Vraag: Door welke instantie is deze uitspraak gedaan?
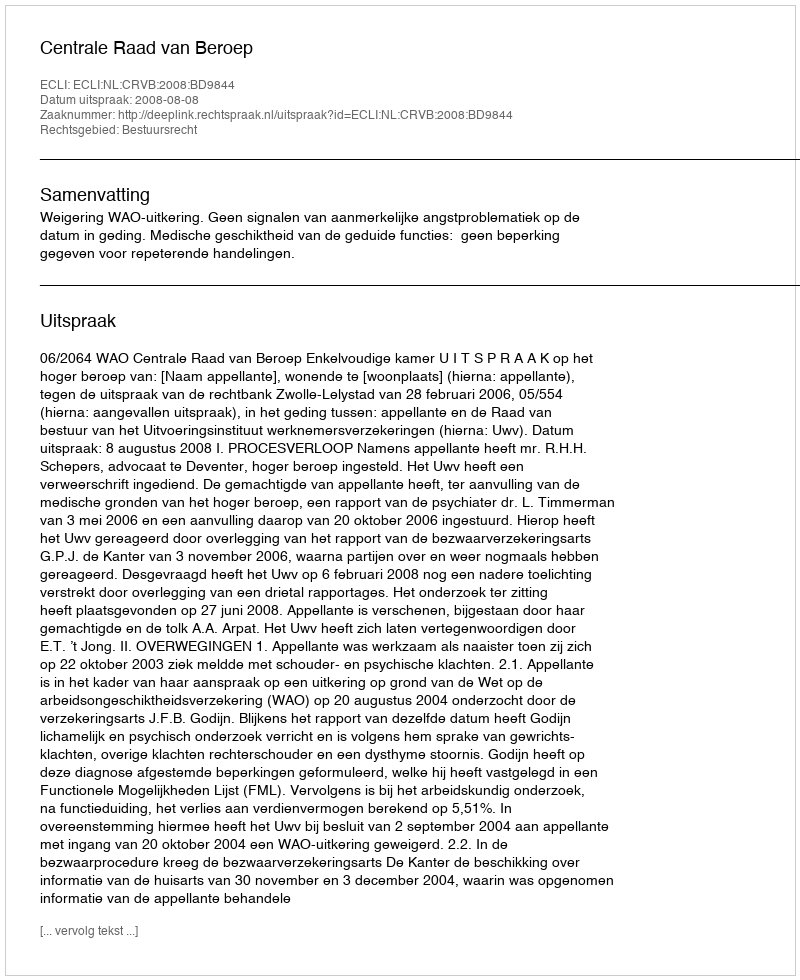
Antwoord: Centrale Raad van Beroep